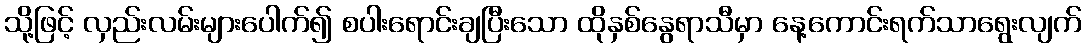
သို့ဖြင့် လှည်းလမ်းများပေါက်၍ စပါးရောင်းချပြီးသော ထိုနှစ်နွေရာသီမှာ နေ့ကောင်းရက်သာရွေးလျက်